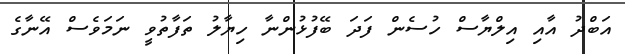
އަބްދު އާއި އިލްޔާސް ހުސެން ފަދަ ބޭފުޅުންނާ ހިޔާލު ތަފާތުވީ ނަމަވެސް އޭނާގެ